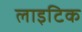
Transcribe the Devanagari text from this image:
लाइटिक